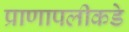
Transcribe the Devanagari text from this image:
प्राणापलीकडे